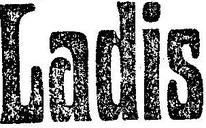
Ladis